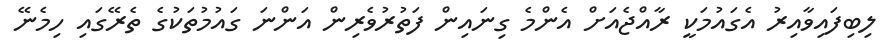
ލިބިފައިވާއިރު އެގައުމަކީ ރާއްޖެއަށް އެންމެ ގިނައިން ފަތުރުވެރިން އަންނަ ގައުމުތަކުގެ ތެރޭގައި ހިމެނޭ